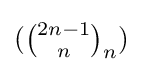
({\tbinom {2n-1}{n}}_{n})